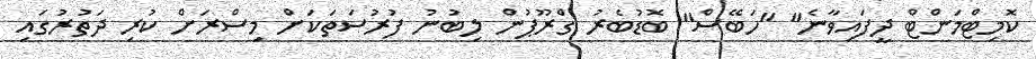
ކޮމިޓްމަންޓް ދީފައިވާނެ" "ހަބޭސް" ބޮޑުބެރު ގްރޫޕުން ލިބުނު ފުރުސަތަކަށް މިސްރަށް ކުރި ދަތުރުގައި